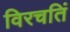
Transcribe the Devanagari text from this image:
विरचतिं